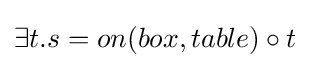
\exists t.s=on(box,table)\circ t